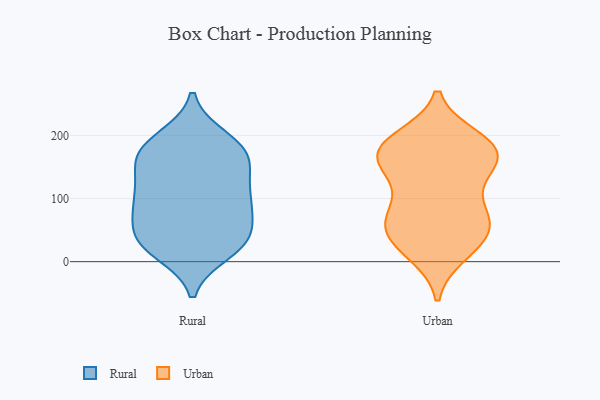
{"axis": {"x": "Active Users", "y": "Value"}, "legend": ["Rural", "Urban"], "data": [{"x": "", "y": 161, "type": "Rural"}, {"x": "", "y": 38, "type": "Rural"}, {"x": "", "y": 90, "type": "Rural"}, {"x": "", "y": 144, "type": "Rural"}, {"x": "", "y": 118, "type": "Rural"}, {"x": "", "y": 31, "type": "Rural"}, {"x": "", "y": 33, "type": "Rural"}, {"x": "", "y": 80, "type": "Rural"}, {"x": "", "y": 187, "type": "Rural"}, {"x": "", "y": 177, "type": "Rural"}, {"x": "", "y": 25, "type": "Rural"}, {"x": "", "y": 89, "type": "Rural"}, {"x": "", "y": 195, "type": "Rural"}, {"x": "", "y": 113, "type": "Rural"}, {"x": "", "y": 16, "type": "Rural"}, {"x": "", "y": 174, "type": "Rural"}, {"x": "", "y": 161, "type": "Rural"}, {"x": "", "y": 42, "type": "Rural"}, {"x": "", "y": 90, "type": "Rural"}, {"x": "", "y": 183, "type": "Urban"}, {"x": "", "y": 108, "type": "Urban"}, {"x": "", "y": 140, "type": "Urban"}, {"x": "", "y": 170, "type": "Urban"}, {"x": "", "y": 32, "type": "Urban"}, {"x": "", "y": 80, "type": "Urban"}, {"x": "", "y": 44, "type": "Urban"}, {"x": "", "y": 142, "type": "Urban"}, {"x": "", "y": 63, "type": "Urban"}, {"x": "", "y": 55, "type": "Urban"}, {"x": "", "y": 168, "type": "Urban"}, {"x": "", "y": 189, "type": "Urban"}, {"x": "", "y": 70, "type": "Urban"}, {"x": "", "y": 65, "type": "Urban"}, {"x": "", "y": 13, "type": "Urban"}, {"x": "", "y": 195, "type": "Urban"}, {"x": "", "y": 17, "type": "Urban"}, {"x": "", "y": 162, "type": "Urban"}, {"x": "", "y": 167, "type": "Urban"}, {"x": "", "y": 186, "type": "Urban"}]}